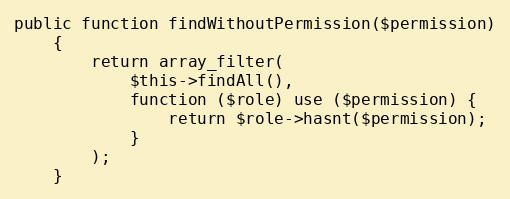
Language: PHP
public function findWithoutPermission($permission)
    {
        return array_filter(
            $this->findAll(),
            function ($role) use ($permission) {
                return $role->hasnt($permission);
            }
        );
    }